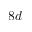
8 d